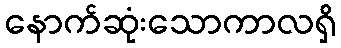
နောက်ဆုံးသောကာလရှိ